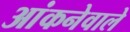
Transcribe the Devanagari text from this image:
आंकनेवाले